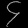
Digit: ၄